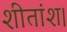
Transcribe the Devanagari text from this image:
शीतांश।